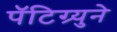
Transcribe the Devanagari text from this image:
पॅटिग्र्युने